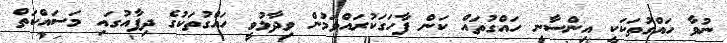
ނުވާ ހައްގުތަކަކީ އިންސާނީ ހައްގުތައް ކަން ފާހަގަކުރައްވަމުން ވިދާޅުވީ ހައްގުތަކުގެ ދިފާއުގައި މަސައްކަތް